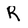
Character: R